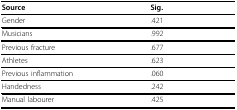
| Source | Sig. |
 | --- | --- |
 | Gender | .421 |
 | Musicians | .992 |
 | Previous fracture | .677 |
 | Athletes | .623 |
 | Previous inflammation | .060 |
 | Handedness | .242 |
 | Manual labourer | .425 |